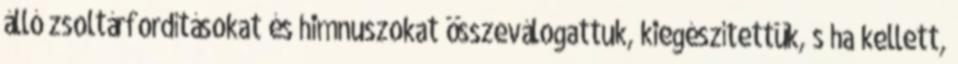
álló zsoltárfordításokat és himnuszokat összeválogattuk, kiegészítettük, s ha kellett,